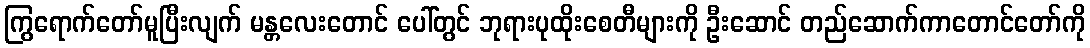
ကြွရောက်တော်မူပြီးလျက် မန္တလေးတောင် ပေါ်တွင် ဘုရားပုထိုးစေတီများကို ဦးဆောင် တည်ဆောက်ကာတောင်တော်ကို